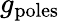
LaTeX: g_{\mathrm{poles}}